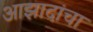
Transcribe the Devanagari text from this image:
आझादांचा